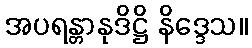
အပရန္တာနုဒိဋ္ဌိ နိဒ္ဒေသ။